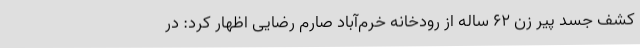
کشف جسد پیر زن 62 ساله از رودخانه خرم‌آباد صارم رضایی اظهار کرد: در